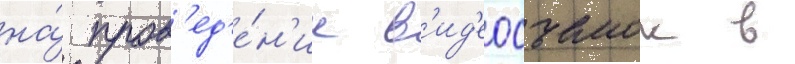
на́ пров'ед'е́н'ие в'ид'еосъемок в